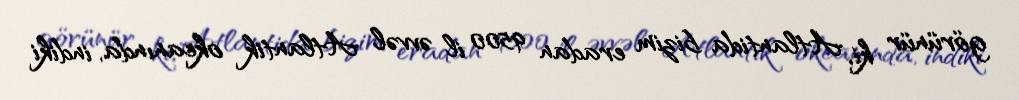
görünür ki, Atlantida bizim eradan 9500 il əvvəl Atlantik okeanında, indiki